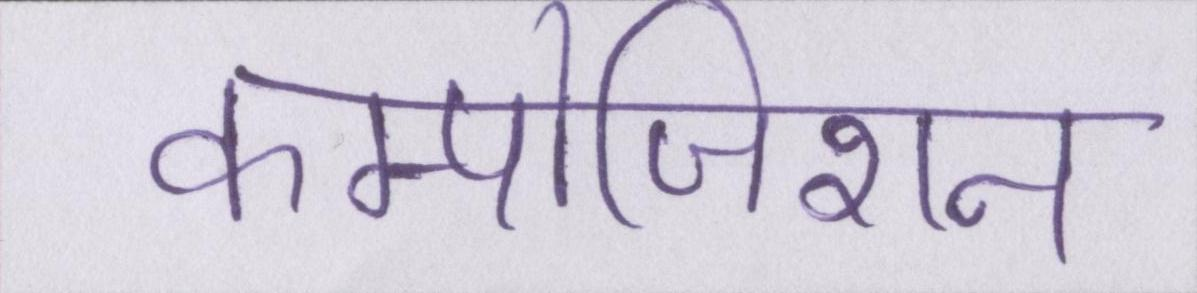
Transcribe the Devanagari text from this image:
कम्पोजिशन